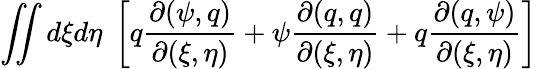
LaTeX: \iint d\xi d\eta\; \left[q\frac{\partial(\psi,q)}{\partial(\xi,\eta)}+\psi\frac{\partial(q,q)}{\partial(\xi,\eta)}+q\frac{\partial(q,\psi)}{\partial(\xi,\eta)}\right]